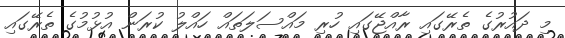
މި ދައުރުގެ ތެރޭގައި ރާއްޖޭގައި ހުރި މައްސަލަތައް ހައްލު ކުރަން އުޅުމުގެ ތެރޭގައި